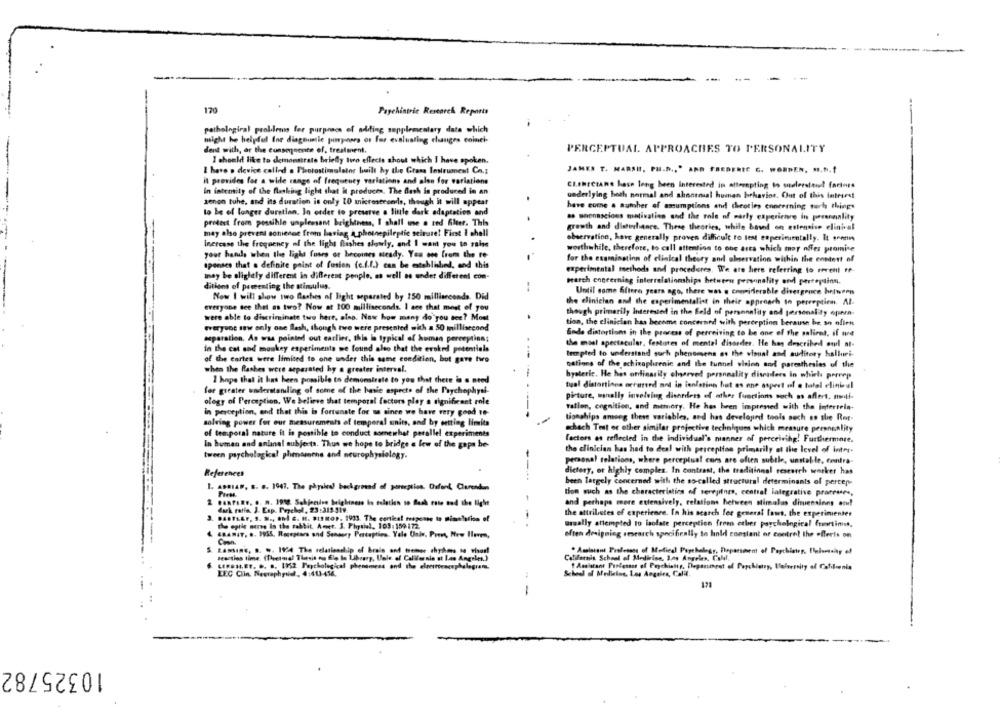
--
170
Paychintric Research Reports
pathological problems for purposes of adding supplementary data which
might be helpful for diagnonie pimposes or for evaluating changes coinci-
dent with, or the consequence of, treatment.
PERCEPTUAL APPROACHES TO PERSONALITY
I should like to demonstrate briefly two effects shout which I have spoken.
I have o device called . Photostimulator built hy the Grass Instrument Co .;
JAMES T. MARSH, PH.D ., " AND FREDERIC C. WORDEN, M.D.f
it provides for a wide range of frequency variations and alon for variations
Cl.threeans have long been Interested in attornpting to sudlerstend factors
in intemity of the flashing light that it producen. The Bath in produced in an
underlying both normal and shootmial human birhavior. Out of this intriest
zenon tuhe, and its duration is only 10 microseconds, though it will appear
have come . auther of assumptions and theories concerning such things
to be of longer duration. In order to preserve a little dark adaptation and
as soconscious motivation and the role of warty experience in personality
protect from possible unpleasant brightness, I shall use o red Alter. This
.
growth and disturbance. These theories, while based on entensive clinical
may also prevent schienne from having A_photoepileptic seirute! First I chall
observation, have generally proven difficult to test experimentally. It sennin
increase the frequency of the light fishes slowly, and I want you to sale
worthwhile, therefore, to call attention to one area which may offer promise
your hands when the Tinha fuoco or becomes steady. You one from the re-
for the examination of clinical theory and observation within the content of
sponses that a definite point of fusion (e.f.f.) can be established, and this
experimental methods and procedures. We are here referring to revent te-
may be slightly different in different penple, as well as under different com-
perch enneerning interrelationships hetwere pervinality and perception.
ditions of parenting the stimulus.
--
Now I will show two dashes of light separated by 150 milliseconds. Did
Until come After years ago, there was . cnepiderable divergence between
the clinichan and the experimentalist in their approach to perception. Al-
everyone see that as two? Now at 100 milliseconds. I see that most of you
were able to discriminate two here, aino. Now how many do you see? Most
.
though primarily Interested in the geld of personality and personality opera-
tion, the clinician has become concerned with perception berause be so olien
weryvoc saw only one flash, though twee were presented with a 50 millisecond
separation. An was pointed out earlier, this is typical of human perception;
Ende distortions in the process of perceiving to be one of the salient, if ure
the most spectacular, features of mental disseder. He han described ourl at-
In the cat and monkey esperimento we found also that the erokedd potentials
tempted to understand such phenomena as the visual and auditory halluri-
of the cartes were limited to one under this same condition, but gave two
nations of the schizophrenic and the tunnel vision and paresthesias of the
when the flashes were separated by a greater interval.
--
hysteric. He has ordinarily charved personality disenders in which porrep
I hope that it has been possible to demonstrate to you that there is a need
for greater understandling of some of the basic aspects of the Psychophysi-
tual distortiona serareed and in ientetion hat as one aspect of e tatal elinial
picture, manally involving disorders of other functions such as aflert. nwi-
ology of Perception, We believe that temporal factors play a significant role
Tallen, cognition, and memory. He has been impressed with the interrela-
in perception, and that this is fortunate for sa since we have very good to
tionghips among these variables, and has developed tools such as the Rot-
solving power for our measurements of temporal units, and by oetting limita
of temporal nature it is possible to conduct someichat perallel experiments
schach Test or other similar projective techniques which measure personality
Factors os reflected in the individual's manner of perceiving! Furthermine.
In human and animal subjects. Thus we hope to bridge a few of the gaps be-
tween psychological phenomena and neurophysiology.
the clinician has had to deal with perception primarily at the level of inter.
personal relations, where perceptual cons are often subtle, unstable, centra-
References
dietery, or highly comples. In contrast, the traditional research seorker has
been largely concerned with the so-called structural determinants of percer
1. Asmia", s. .. 1947. The physical background of parteption. Osfond Clarendon
tion mich as the characteristics of serepines, central ialegrative promesses,
and perhaps more extensively, relations between stimulus dimensions or!
duk ratio, J. Eap. Prychol, 23:313 319.
the attributes of experience. In his search for general fows, the experimenter
the optie sorve is the rabbit. Amet. 3. Phptial, 103:159172.
usually attempted to isolate perception frem ether pagchelogical fortines.
GRANIT. .. 1955, Receptors and Sensory Perception, Yale Univ. Press, New Iloven,
often designing research specifically to hold constant or control the offeris on
MAIRE, D. W. 1924 The relationship of bralo and tremer chydes to visor!
Reacties time (Thetmal Thesis ou fle In Library, Uale. of California st Los Angeles.)
California School of Medicine, Los Angeles, CaMl.
LIFESLET. .. .. (PS2 Paycholegical phenomess and the electroencephalograna.
Assistant Professor of Peyckiatts, Department of Porchiatry, telternity of Catilenia
LEC Clin. Neurophysiel, 4:413-416.
School of Medicine, Los Angeles, Calil.
178
-
10325782